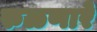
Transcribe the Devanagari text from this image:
रुळणारे